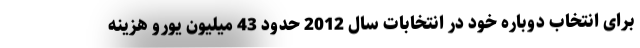
برای انتخاب دوباره خود در انتخابات سال 2012 حدود 43 میلیون یورو هزینه